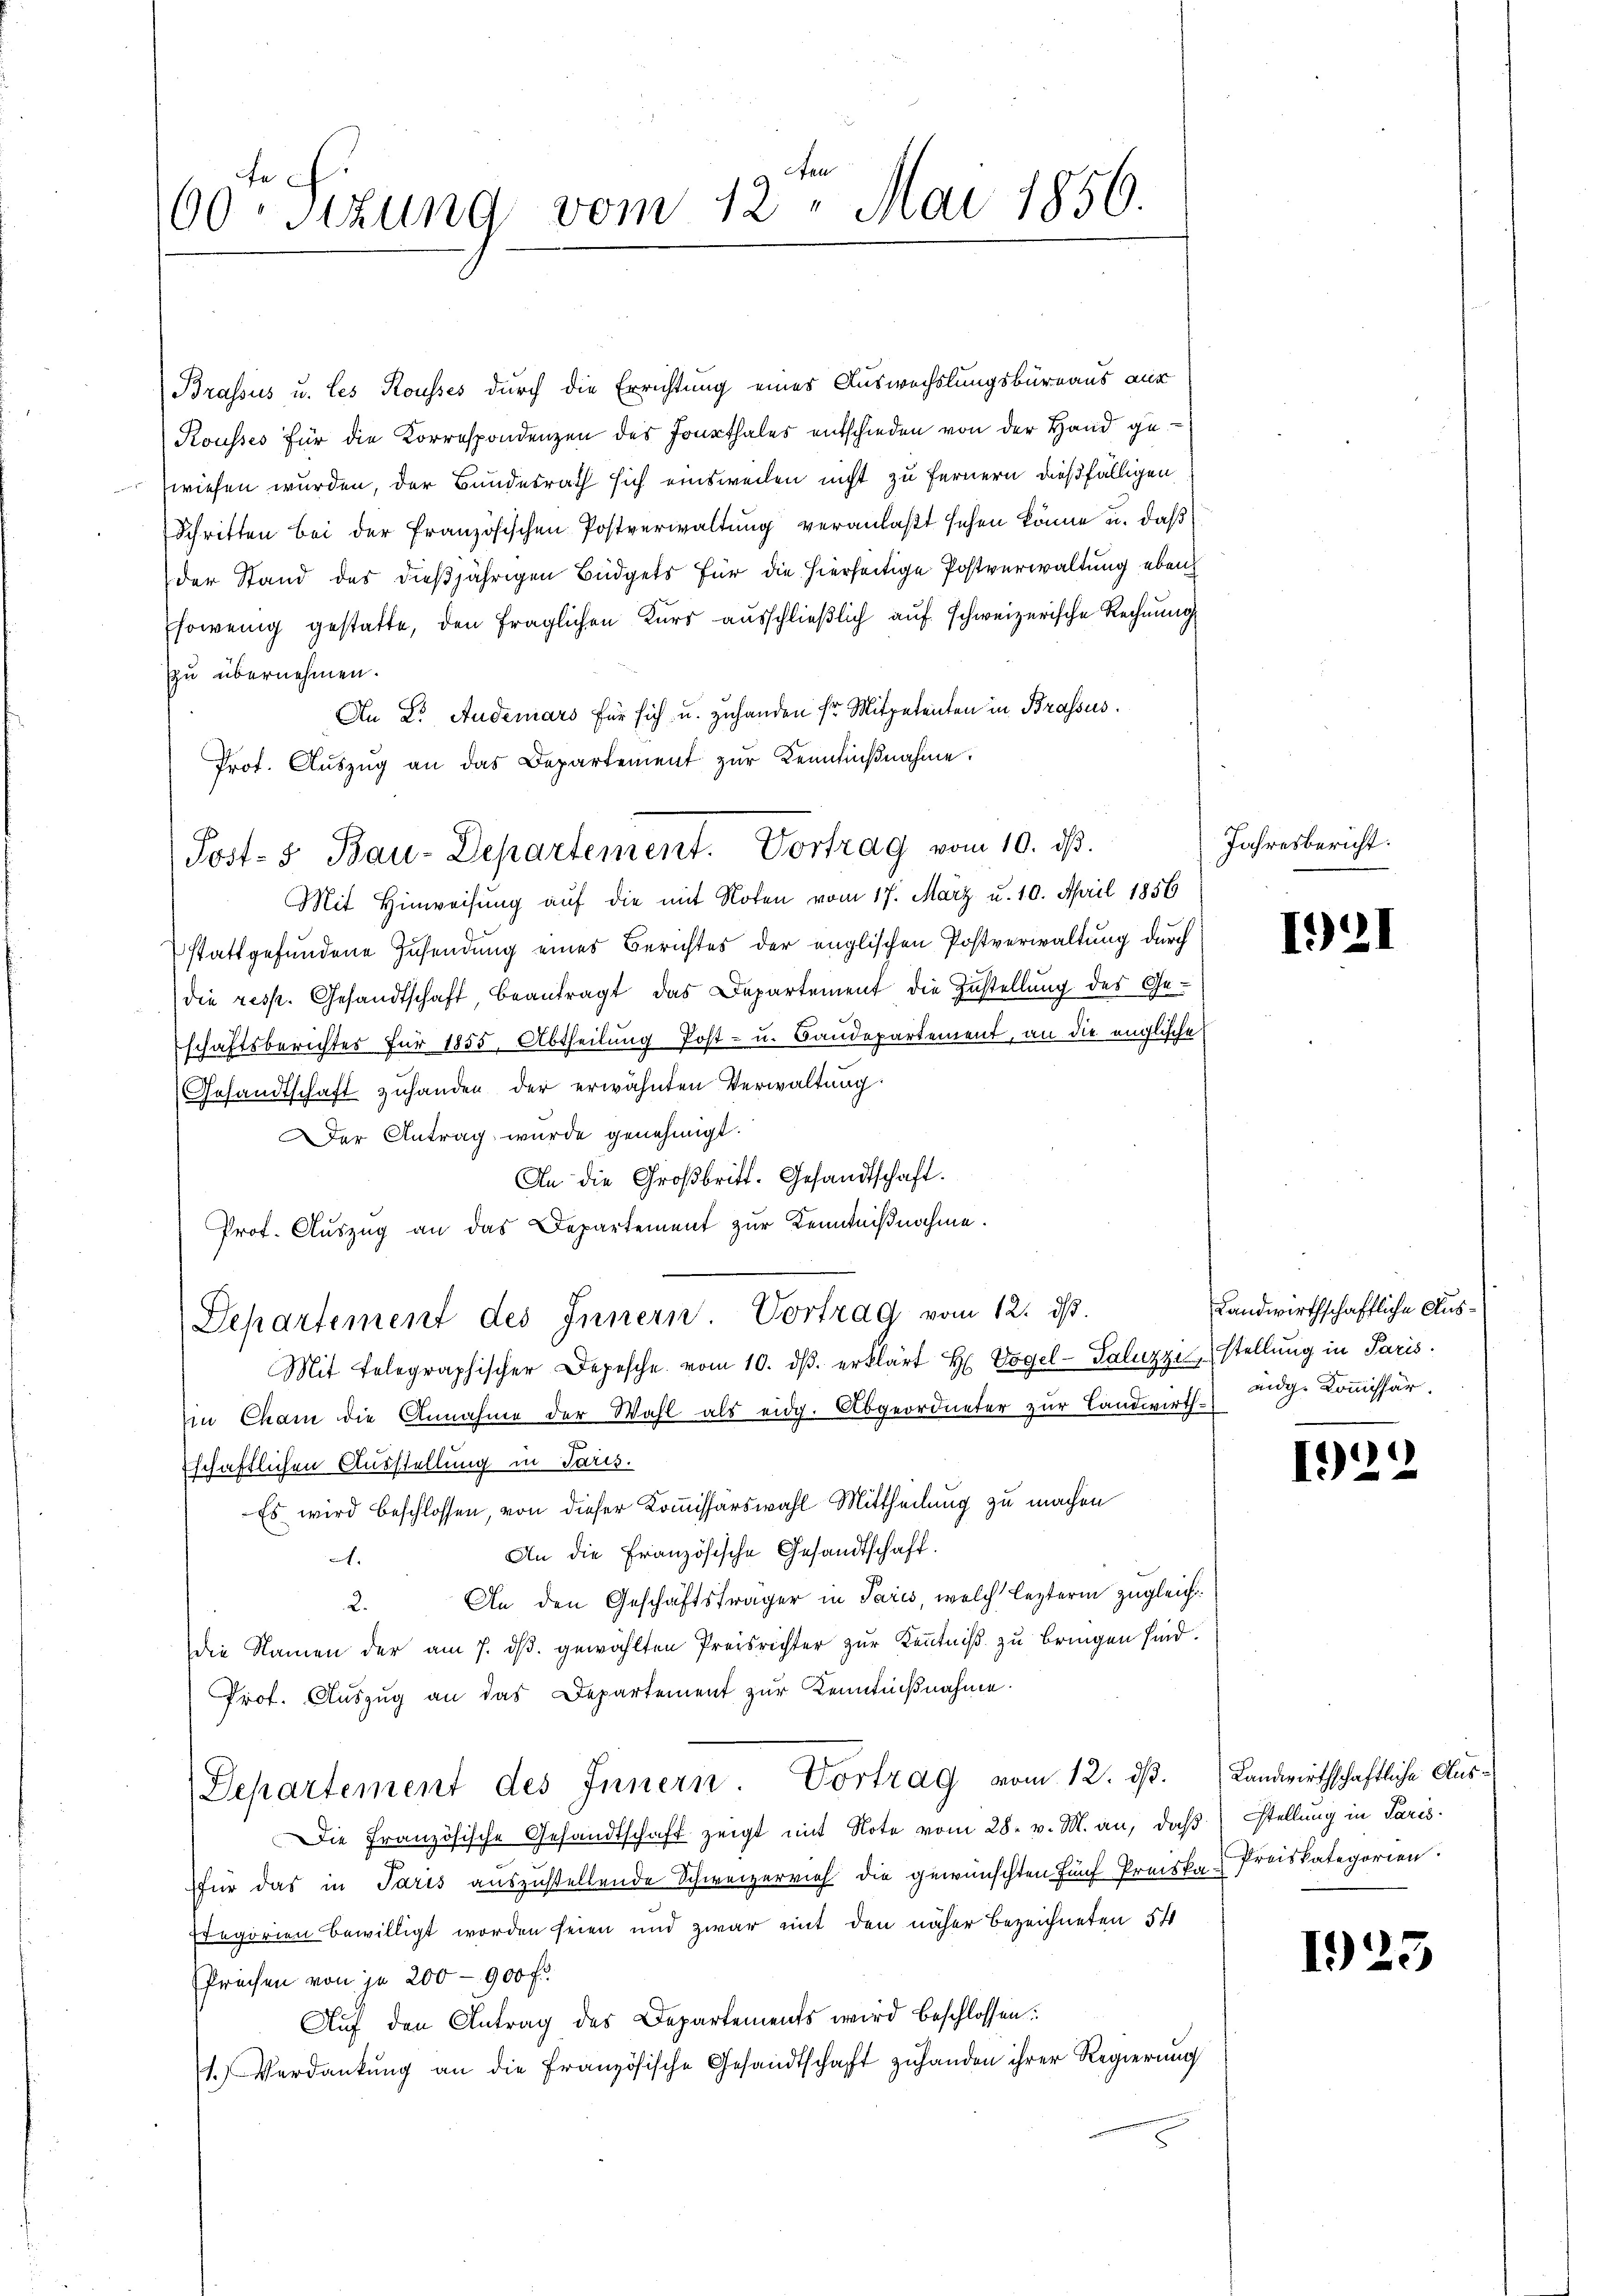
00. Situng vom 12. Mai 1856.

Brassus u. les Kousses durch die Errichtung eines Auswechslungsbüreaus aus
Kousses für die Korrespondenzen des Jonathales entschieden von der Hand gewiesen wurden, der Bundesrath sich einsweilen nicht zu fernern dießfälligen
Schritten bei der französischen Postverwaltung veranlaßt sehen könne u. daß
der Stand des dießjährigen Büdgets für die hierseitige Postverwaltung eben
Esowenig gestatte, den fraglichen Kurs ausschließlich auf schweizerische Rechnung
Zu übernehmen.
An Dr. Anderars für sich u. zuhanden sr Mitpetenten in Brassus.
Prot. Aŭszŭg an das Departement zŭr Kenntniβnahme.
Mit Hinweisung auf die mit Noten vom 17. März u. 10. April 1856
stattgefundene Zusendung eines Berichtes der englischen Postverwaltung durch
die resp. Gesandtschaft, beantragt, das Departement die Zustellung des Geschaftsberichtes für 1855. Abtheilung Post- u. Baudepartement, an die englische
Gesandtschaft zuhanden der erwähnten Verwaltung
er Antrag wurde genehmigt.
An die Großbritt. Gesandtschaft.
Prof. Auszug an das Departement zur Kenntnißnahme.
Departement des Innern. Vortrag vom 12. ds.
Mit Telegraphischer Depesche vom 10. dβ erklärt H. Vogel-Saluzzi stellung in Paris.
in Cham die Annahme der Wahl als eidg. Abgeordneter zur Landwirth-
schaftlichen Ausstellung in Paris.
Es wird beschlossen, von dieser Kommissärswahl Mittheilung zu machen
An die Französische Gesandtschaft.
A.
An den Geschäftsträger in Paris, welch lezterm zugleich¬
2.
die Namen der am 7. ds. gewählten Preisrichter zur Kenntniß zu bringen sind.
Prof. Auszug an das Departement zur Kenntnißnahme.
Departement des Innern. Vortrag vom 12. dβ. Landwirthschaftliche Aus¬
Die Französische Gesandtschaft zeigt mit Note vom 28. v. M. an, daß
für das in Paris auszustellende Schweizerrich die gewünschten fünf Preiska Preiskategorien.
Etegorien bewilligt worden seien und zwar mit den näher Bezeichneten 54
Preisen von je 200 — 900 fr.
Auf den Antrag des Departements wird beschlossen:
1. Verdankung an die Französische Gesandtschaft zuhanden ihrer Regierung

Post- 5. Bau-Departement. Vortrag vom 10. ds.

Jahresbericht.

1921

Landwirthschaftliche Ausidg. Kommissär.

122

Stellung in Paris

1925